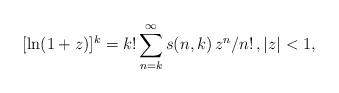
LaTeX: \begin{align*}[\ln (1+z)]^k = k! \sum_{n=k}^\infty s(n, k)\, z^n/n!\,, |z|<1, \end{align*}